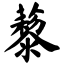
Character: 藜